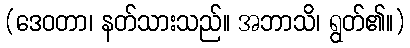
(ဒေဝတာ၊ နတ်သားသည်။ အဘာသိ၊ ရွတ်၏။)